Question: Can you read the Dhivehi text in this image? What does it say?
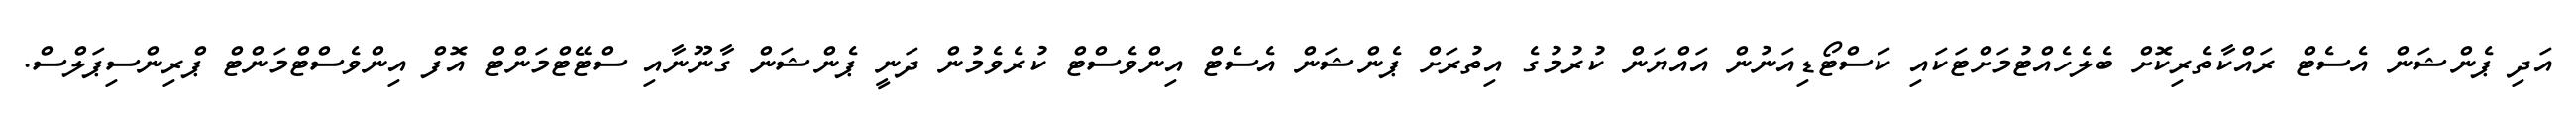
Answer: އަދި ޕެންޝަން އެސެޓް ރައްކާތެރިކޮށް ބެލެހެއްޓުމަށްޓަކައި ކަސްޓޯޑިއަނުން އައްޔަން ކުރުމުގެ އިތުރަށް ޕެންޝަން އެސެޓް އިންވެސްޓް ކުރެވެމުން ދަނީ ޕެންޝަން ގާނޫނާއި ސްޓޭޓްމަންޓް އޮފް އިންވެސްޓްމަންޓް ޕްރިންސިޕަލްސް.